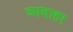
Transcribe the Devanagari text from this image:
व्यवाहर